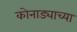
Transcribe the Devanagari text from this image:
कोनाड्याच्या